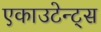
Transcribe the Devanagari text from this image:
एकाउटेन्ट्स